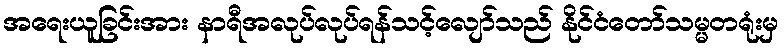
အရေးယူခြင်းအား နာရီအလုပ်လုပ်ရန်သင့်လျော်သည် နိုင်ငံတော်သမ္မတရုံးမှ